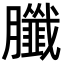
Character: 䑎